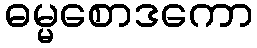
ဓမ္မစောဒကော